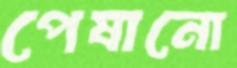
পেষানো